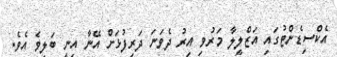
އެކްސިޑެންޓުގައި އަޒްލީލާ މަރުވި އިރު ދެވަނަ ދަރިފުޅަށް އޭނާ އިނީ ބަލިވެ އެވެ.